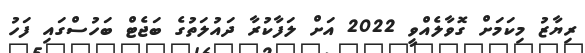
ރިޔާޒު މިކަމަށް ގޮވާލެއްވީ 2022 އަށް ލަފާކުރާ ދައުލަތުގެ ބަޖެޓް ބަހުސްގައި ފަހު